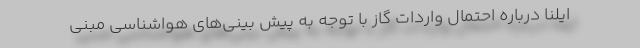
ایلنا درباره احتمال واردات گاز با توجه به پیش بینی‌های هواشناسی مبنی